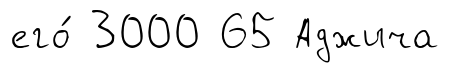
его́ 3000 65 Аджича